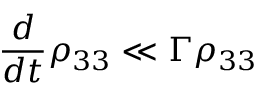
\frac { d } { d t } \rho _ { 3 3 } \ll \Gamma \rho _ { 3 3 }